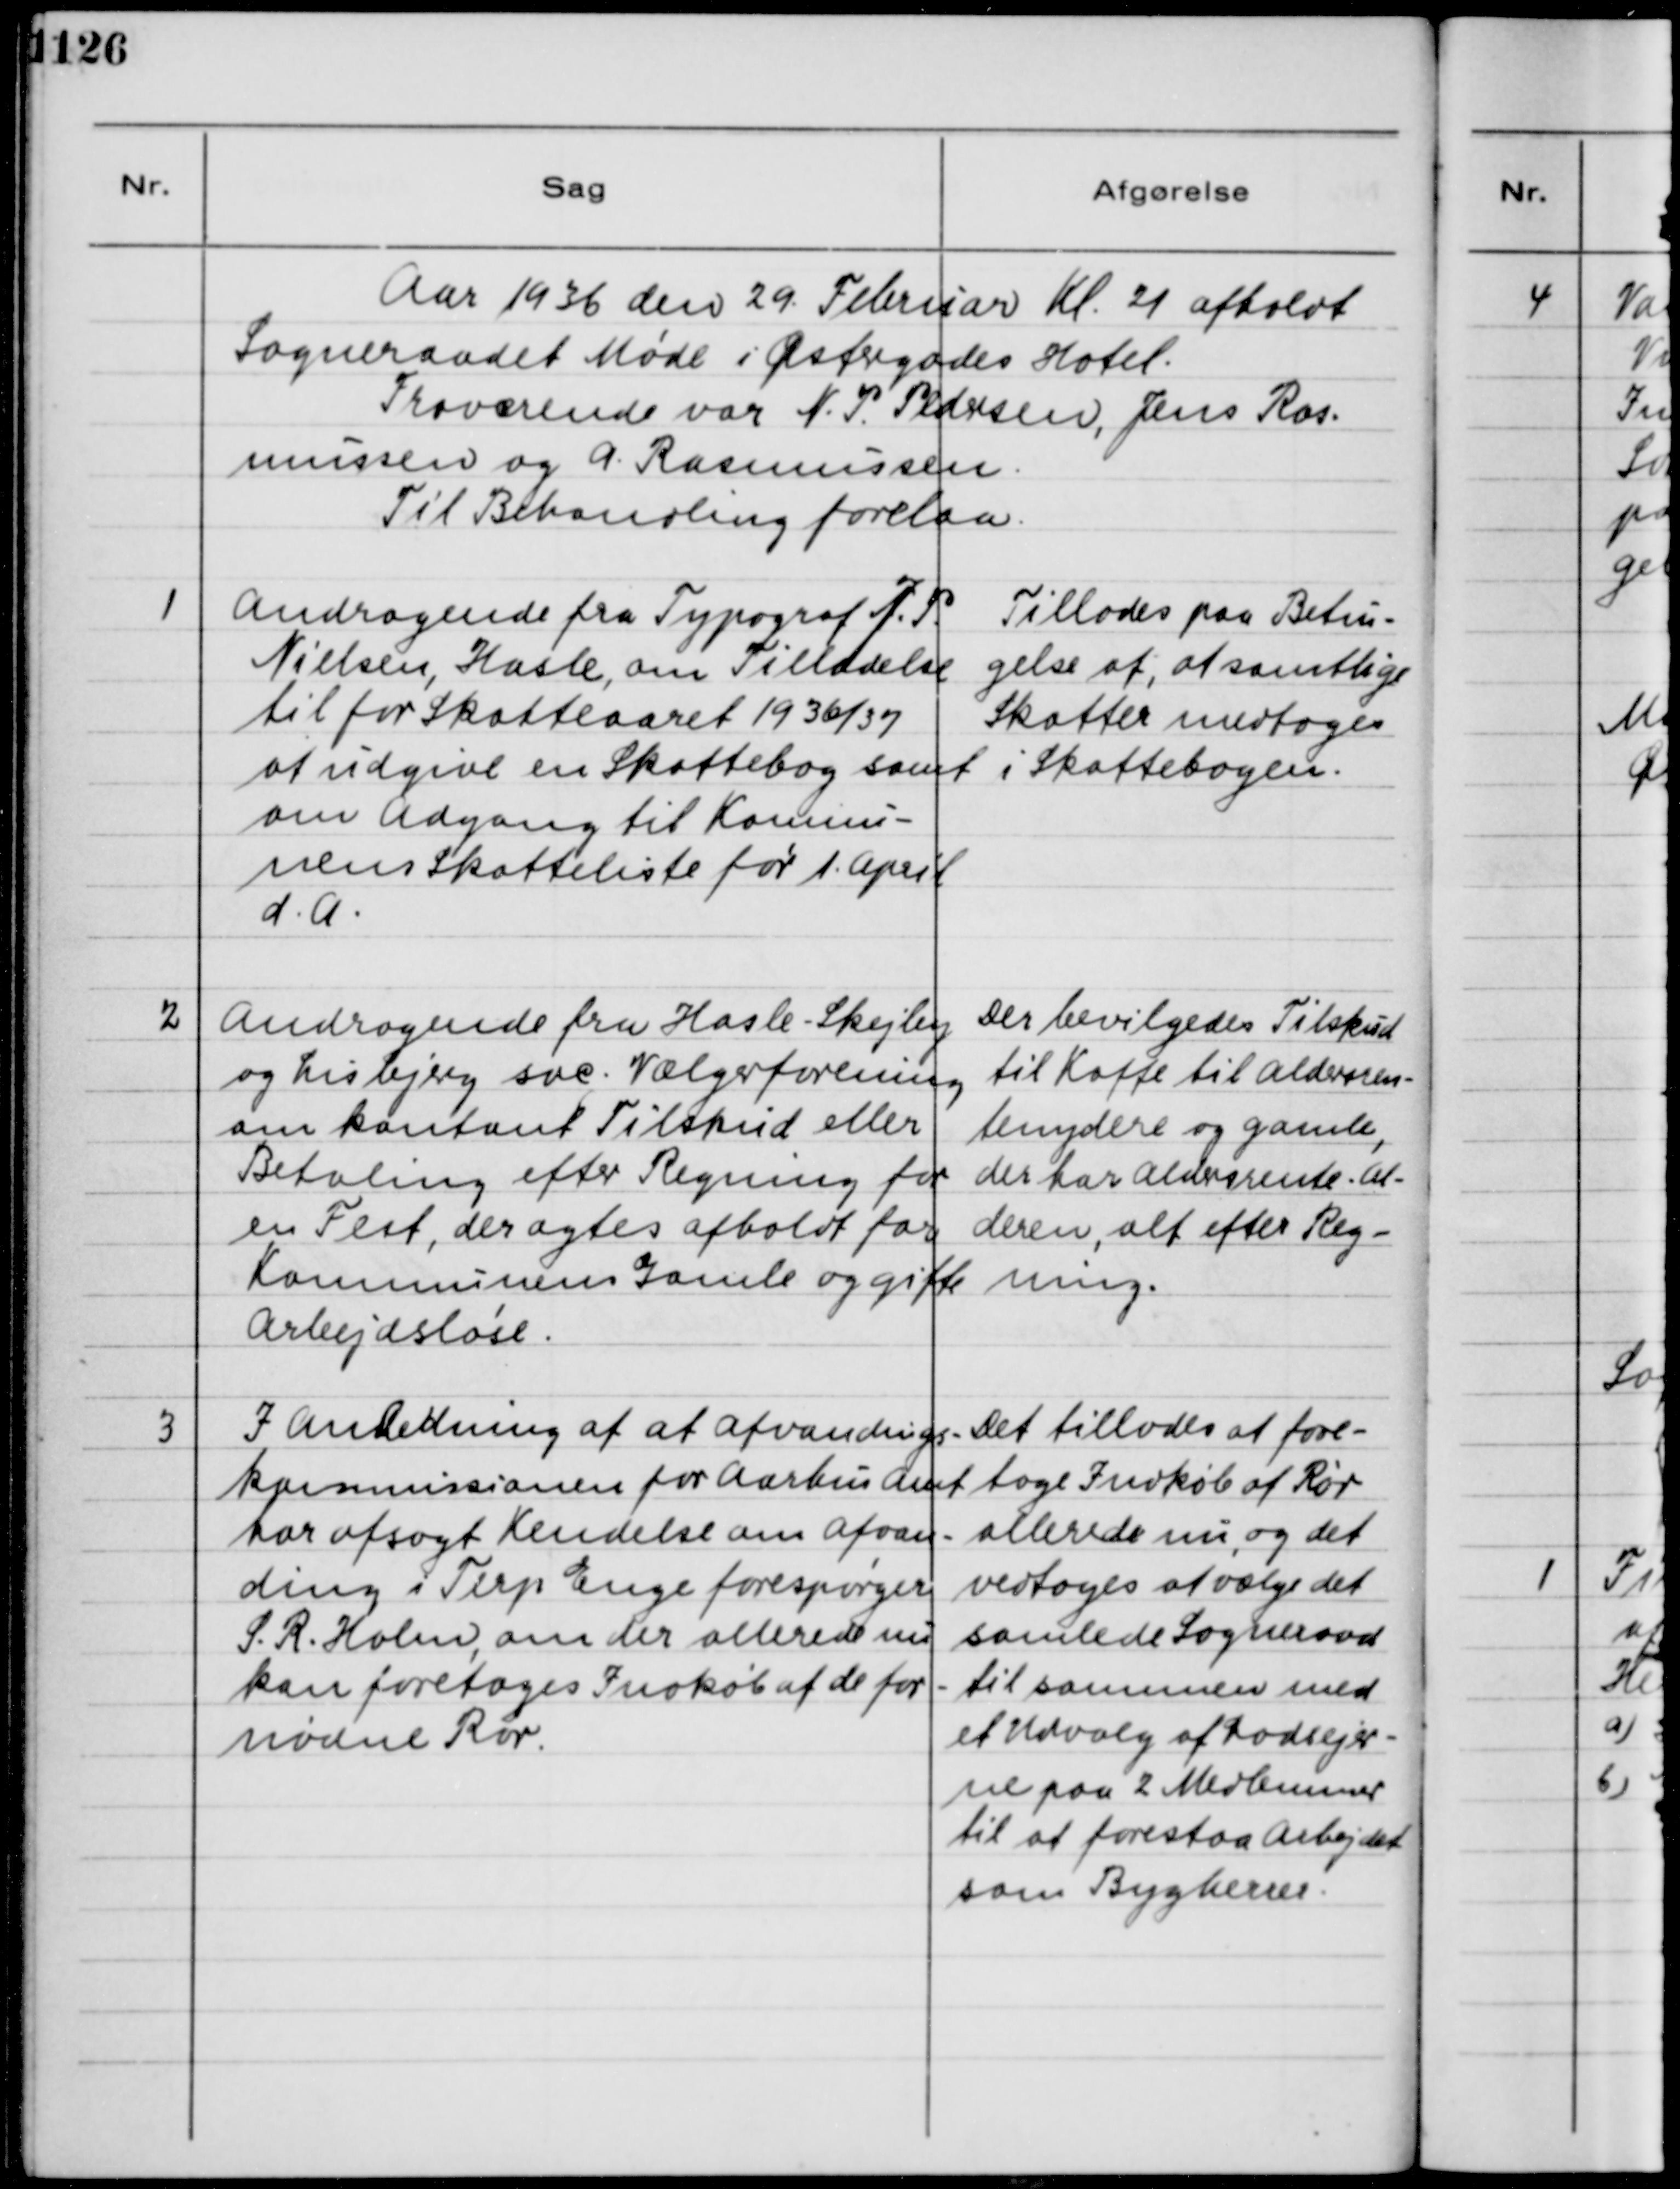
Transskription:
Aar 1936 den 29 Februar Kl. 21 afholdt
Sogneraadet Møde i Østergades Hotel.
Fraværende var N.P. Pedersen, Jens Ras-
mussen og A. Rasmussen.
Til Behandling forelaa:
1
Andragende fra Typograf J.P.
Nielsen, Hasle, om Tilladelse
til for Skatteaaret 1936/37
at udgive en Skattebog samt
om Adgang til Kommu-
nens Skatteliste for 1. April
d.A.
Tillades paa Betin-
gelse af, at samtlige
Skatter medtoges
i Skattebogen.
2
Andragende fra Hasle-Skejby
og Lisbjerg soc. Vælgerforening
om kontant Tilskud eller
Betaling efter Regning for
en Fest, der agtes afholdt for
Kommunens Gamle og gifte
Arbejdsløse.
Der bevilgedes Tilskud
til Kaffe til Aldersren-
tenydere og gamle,
der har Aldersrente Al-
deren, alt efter Reg-
ning.
3
I Anledning af at Afvandings-
kommissionen for Aarhus Amt
har afsøgt Kendelse om Afvan-
ding i Terp Enge forespørger
S.R. Holm, om der allerede nu
kan foretages Indkøb af de for-
nødne Rør.
Det tillades at fore
tage Indkøb af Rør
allerede nu, og det
vedtoges at vælge det
samlede Sogneraad
til sammen med
et Udvalg af Lodsejer-
ne paa 2 Medlemmer
til at forestaa Arbejdet
som Bygherrer.